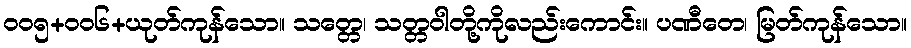
ဝဝ၅+ဝဝ၆+ယုတ်ကုန်သော။ သတ္တေ၊ သတ္တဝါတို့ကိုလည်းကောင်း။ ပဏီတေ၊ မြတ်ကုန်သော။